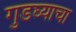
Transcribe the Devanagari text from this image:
गुडघ्याचा